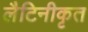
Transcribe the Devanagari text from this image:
लैटिनीकृत